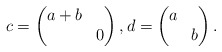
\begin{align*}c=\begin{pmatrix}a+b & \\ & 0\end{pmatrix},d=\begin{pmatrix}a & \\ & b\end{pmatrix}.\end{align*}